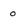
Character: 0